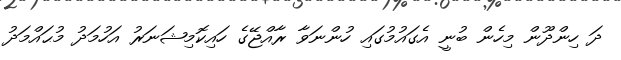
ދަ ހިންދޫން މިހެން ބުނީ އެގައުމުގައި ހުންނަވާ ރާއްޖޭގެ ހައިކޮމިޝަނަރު އަހުމަދު މުޙައްމަދު